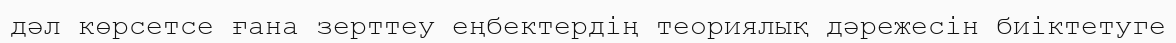
дәл көрсетсе ғана зерттеу еңбектердің теориялық дәрежесін биіктетуге